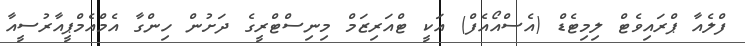
ފްލެއާ ޕްރައިވެޓް ލިމިޓެޑް (އެސްއޯއެފް) އަކީ ޓްއަރިޒަމް މިނިސްޓްރީގެ ދަށުން ހިންގާ އެމްއެމްޕީއާރުސީއާ